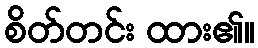
စိတ်တင်း ထား၏။